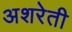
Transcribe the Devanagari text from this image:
अशरेती